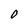
Character: 0